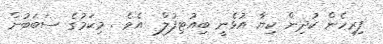
ފިރިހެން ކުދިން ކިޔާ އުޅެނީ ބިއުޓިފުލް  އެވެ . މިކަމުގެ ސަބަބުން